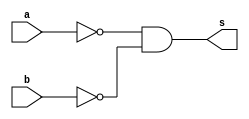
//---------------------
// Exemplo0010 - NOR
// Nome: Miguel Sousa
//---------------------

//---------------------
//--nor gate
//---------------------
module norgate (output s,
					  input  a,
					  input  b);
  assign s = ( ~a & ~b );
endmodule // nor

//---------------------
//--test nor gate
//---------------------
module testnorgate;
//-------------------------dados locais
reg a, b; // definir registradores
wire s;
			// definir conexao (fio)
//-------------------------instancia
norgate NOR1 (s, a, b);
//-------------------------preparacao
initial begin:start
				// atribuicao simultanea
				// dos valores iniciais
 a=0; b=0;
end
//-------------------------parte principal

initial begin
	$display("Exemplo0010 - Miguel Sousa - 463985");
	$display("Test NOR gate");
	$display("\n~a & ~b = s\n");
	a=0; b=0;
#1	$display("~%b & ~%b = %b", a, b, s);
	a=0; b=1;
#1	$display("~%b & ~%b = %b", a, b, s);
	a=1; b=0;
#1	$display("~%b & ~%b = %b", a, b, s);
	a=1; b=1;
#1	$display("~%b & ~%b = %b", a, b, s);
end

endmodule // testnorgate